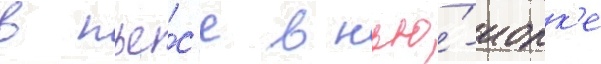
в пье́с'е в нью́-иорк'е